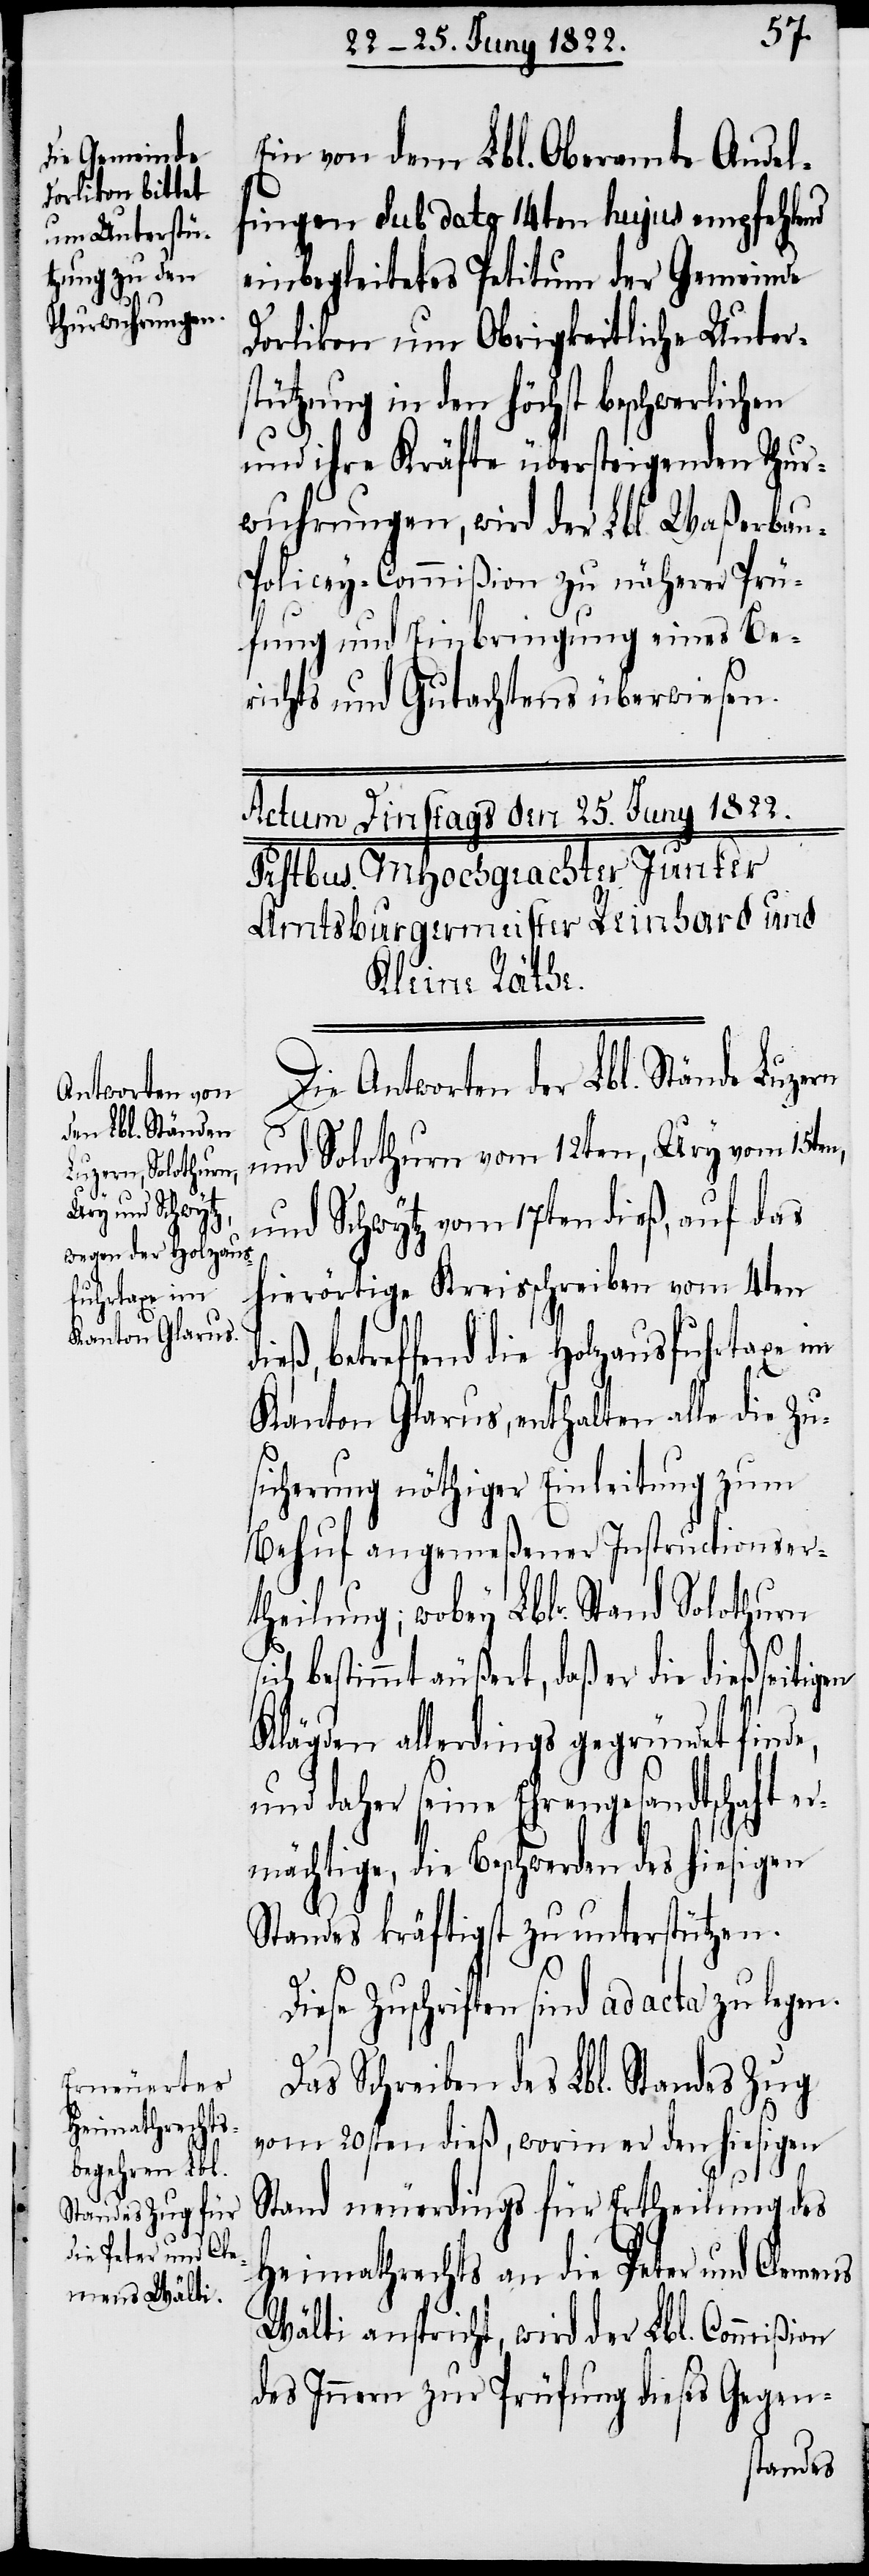
Ein von dem Lbl. Oberamte Andel¬
fingen Sub dato 14ten hujus empfehlend
einbegleitetes Petitum der Gemeinde
Dorlikon um Obrigkeitliche Unter¬
stützung in den höchst beschwerlichen
und ihre Kräfte übersteigenden Thur¬
wuhrungen, wird der Waßerbau-P¬
olicey-Commißion zu näherer Prü¬
fung und Einbringung eines Be¬
richts und Gutachtens überweisen.
Die Antworten der Lbl. Stände Luzern
und Solothurn vom 12ten, Ury vom 15ten,
und Schwytz vom 17ten dieß, auf das
hierörtige Kreisschreiben vom 4ten
betreffend die Holzausfuhrtaxe im
Kanton Glarus, enthalten alle die Zu¬
sicherung nöthiger Einleitung zum
Behuf angemeßener Instructionser¬
theilung; wobey Lbl. Stand Solothurn
sich bestimmt äußert, daß er die dießseitigen
Klägden allerdings gegründet finde,
und daher seine Ehrengesandtschaft e¬
rmächtige, die Beschwerden hiesigen
Standes kräftigst zu unterstützen.
Das Schreiben des Lbl. Standes Zug
vom 20sten dieß, worin er den hiesigen
Stand neuerdings für Ertheilung des
Heimathrechts an die Peter und Clemens
Wälti anspricht, wird der Lbl. Commißion
des Innern zur Prüfung dieses Gegen-